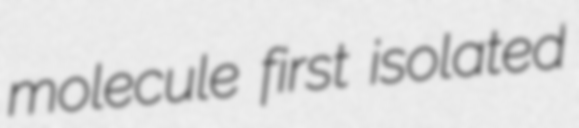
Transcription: molecule first isolated